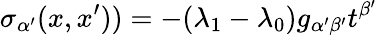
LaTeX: \sigma_{\alpha^{\prime}}(x,x^{\prime}))=-(\lambda_{1}-\lambda_{0})g_{\alpha^{\prime}\beta^{\prime}}t^{\beta^{\prime}}